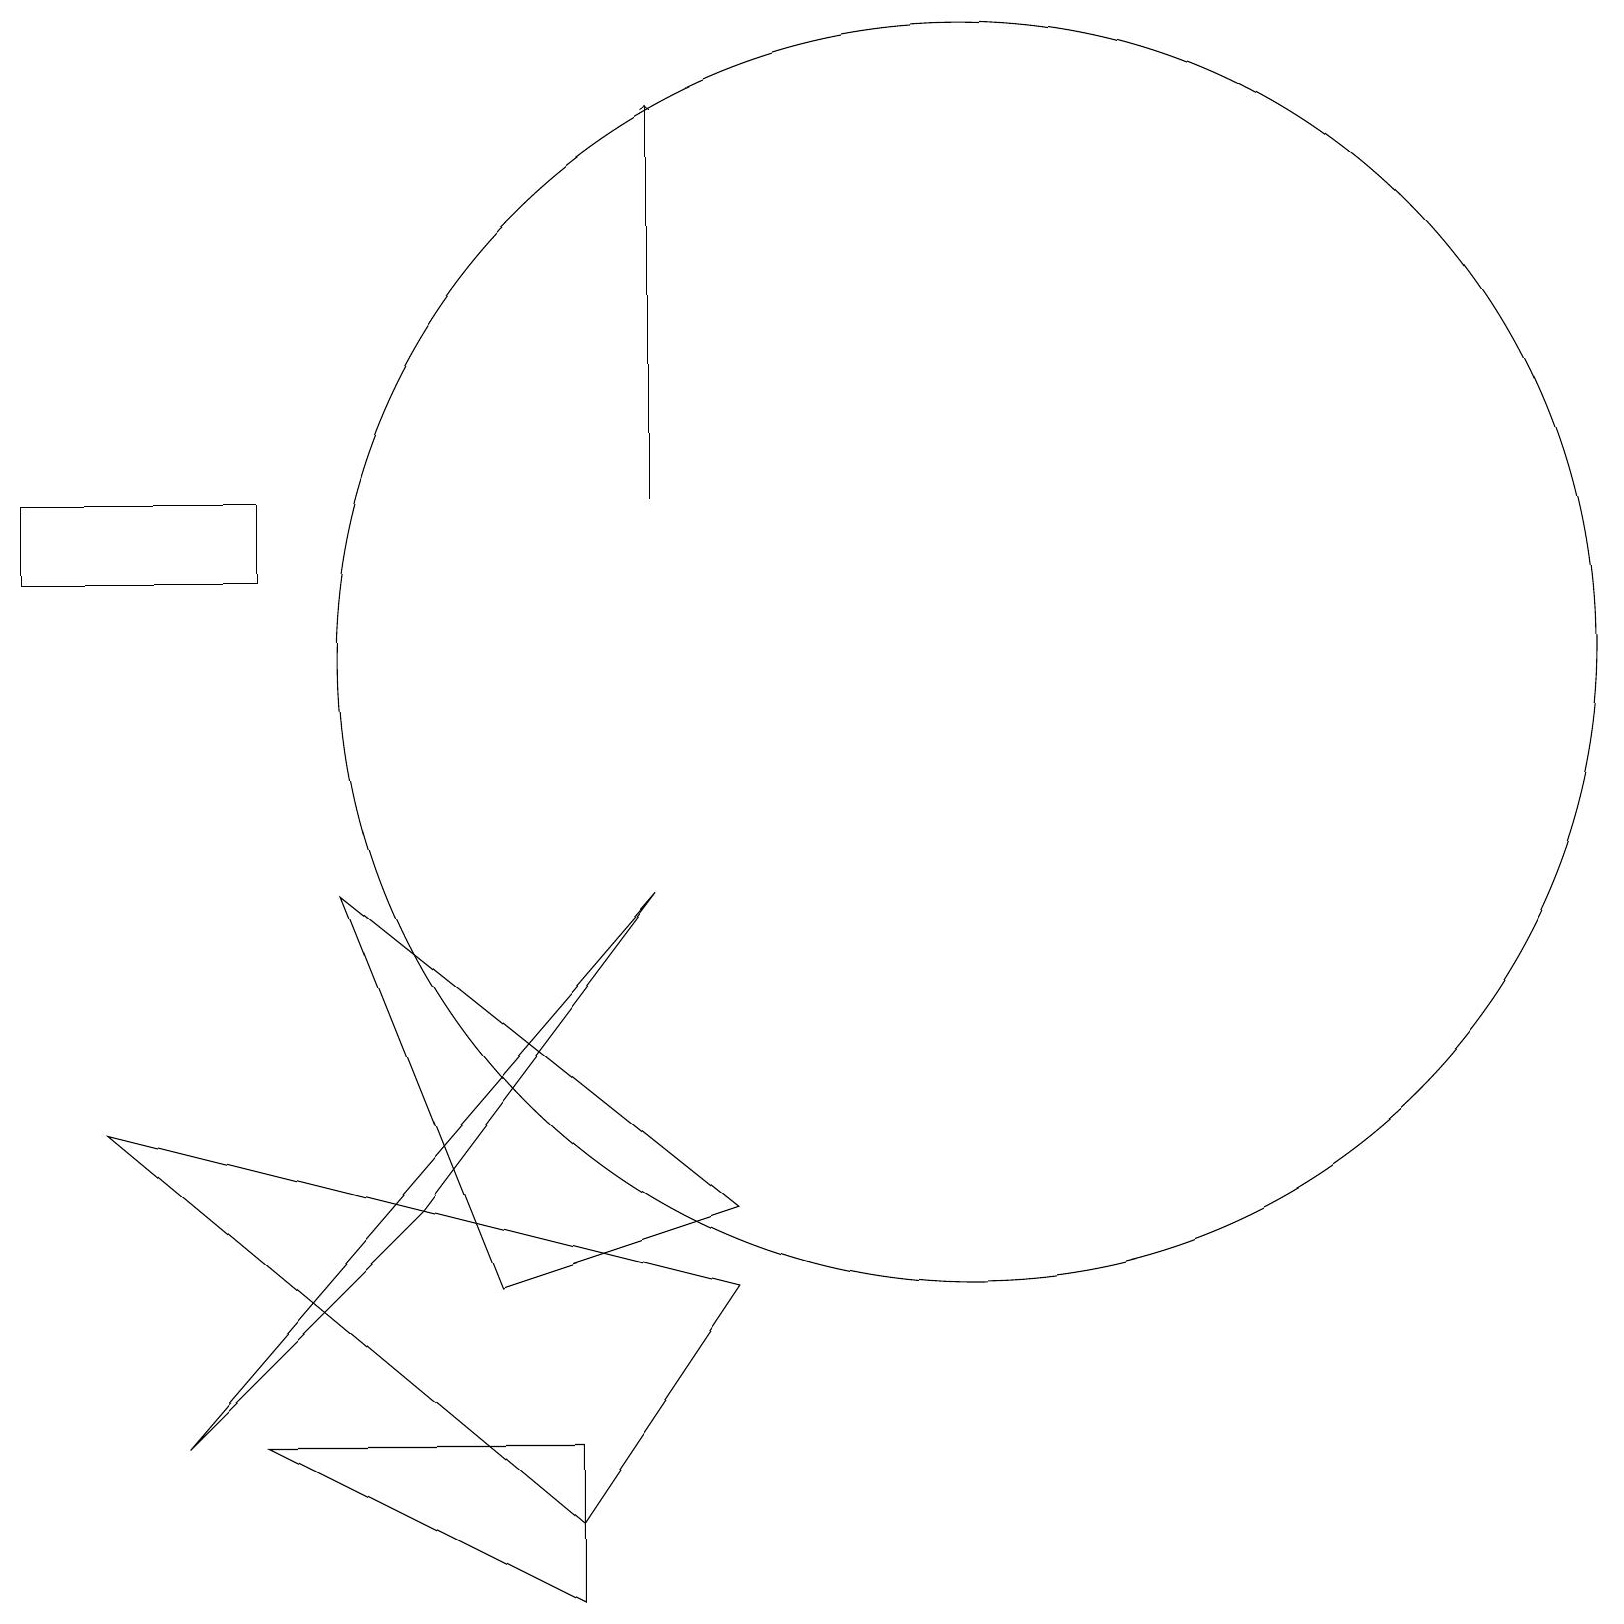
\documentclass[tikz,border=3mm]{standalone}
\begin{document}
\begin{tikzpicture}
\draw (11,12) circle (0);
\draw (7,1) -- (1,6) -- (9,4) -- cycle;
\draw (12,12) circle (8);
\draw[->] (8,14) -- (8,19);
\draw (0,14) rectangle (3,13);
\draw (4,9) -- (6,4) -- (9,5) -- cycle;
\draw (8,9) -- (2,2) -- (5,5) -- cycle;
\draw (3,2) -- (7,0) -- (7,2) -- cycle;
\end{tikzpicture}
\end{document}